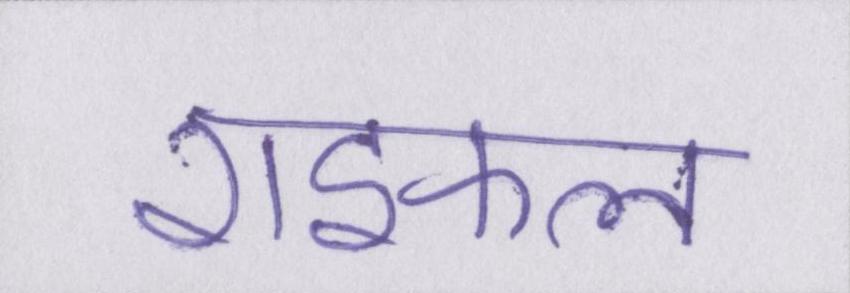
राइफल